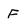
Character: F